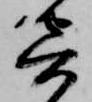
寄